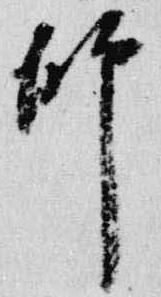
師